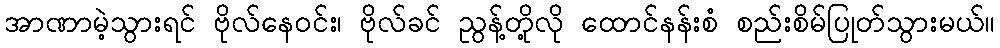
အာဏာမဲ့သွားရင် ဗိုလ်နေဝင်း၊ ဗိုလ်ခင် ညွန့်တို့လို ထောင်နန်းစံ စည်းစိမ်ပြုတ်သွားမယ်။